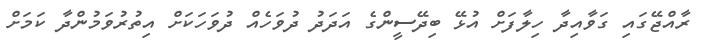
ރާއްޖޭގައި ގަވާއިދާ ހިލާފަށް އުޅޭ ބިދޭސީންގެ އަދަދު ދުވަހެއް ދުވަހަކަށް އިތުރުވަމުންދާ ކަމަށް